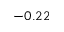
- 0 . 2 2